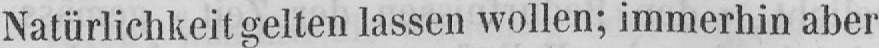
Natürlichkeit gelten lassen wollen; immerhin aber